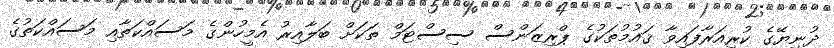
ދުނިޔޭގެ ކުރިއަރާފައިވާ ޤައުމުތަކުގެ ޕްރިޒަންސް ސިސްޓަމް ތަކަށް ބަލާއިރު އެމީހުންގެ މަސައްކަތާއި މަސައްކަތުގެ